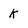
Character: k